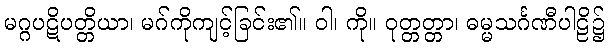
မဂ္ဂပဋိပတ္တိယာ၊ မဂ်ကိုကျင့်ခြင်း၏။ ဝါ၊ ကို။ ဝုတ္တတ္တာ၊ ဓမ္မသင်္ဂဏီပါဠိ၌